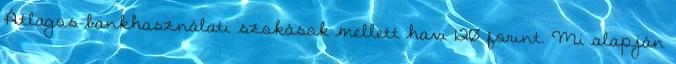
Átlagos bankhasználati szokások mellett havi 120 forint. Mi alapján